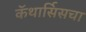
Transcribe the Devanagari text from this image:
कॅथार्सिसचा